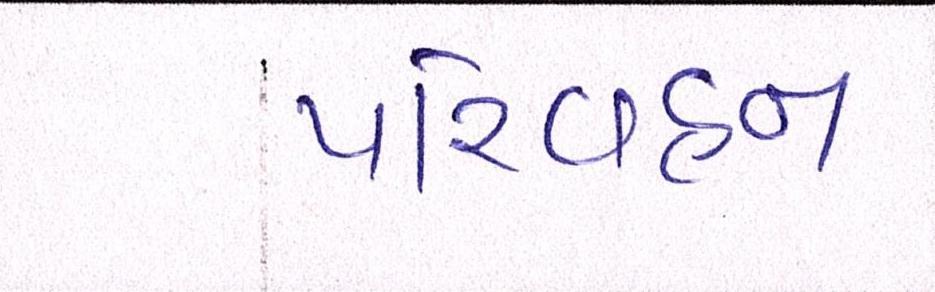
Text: પરિવહન